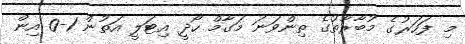
މި ފަހަރުގެ މުބާރާތުގެ ތިންވަނަ މަގާމް ހޯދީ އިޓަލީ އަތުން 1-0 އިން